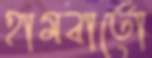
হামবার্তো